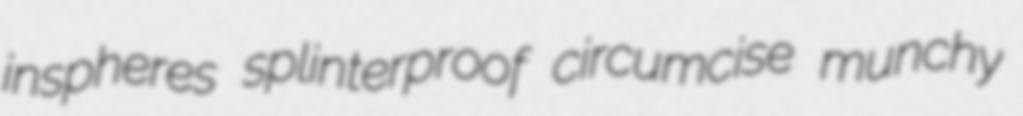
inspheres splinterproof circumcise munchy